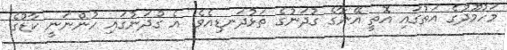
މަހުމޫދުގެ އަތުގައި އޮތީ އޭނާގެ ގުދަނުގެ ތަޅުދަނޑިއެވެ. އެ ގުދަނުގައި ހުންނަނީ ކާޑުގެ